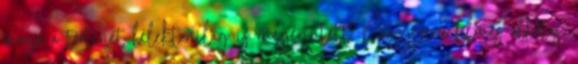
maga a történet lélektanilag is megérintett. Nagyszerű filmes alkotás,